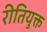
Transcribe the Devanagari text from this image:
रीतियुक्त